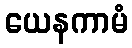
ယေနကာမံ